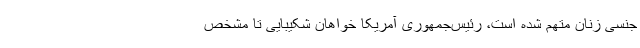
جنسی زنان متهم شده است، رئیس‌جمهوری آمریکا خواهان شکیبایی تا مشخص